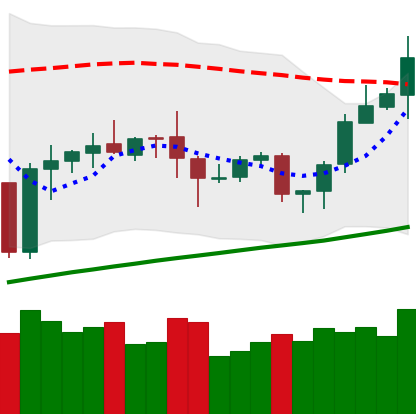
Ticker: ETH-USD
Chart end date: 2020-10-12
Forward return: -4.868%
Label: down_3_5